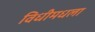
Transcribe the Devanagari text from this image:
विधीमधला